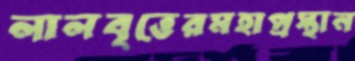
লালবৃত্তেরমহাপ্রস্থান